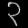
Digit: ၃